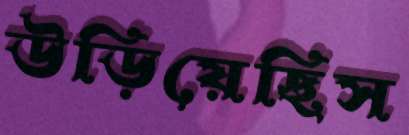
উড়িয়েছিস